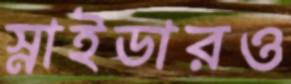
স্নাইডারও